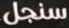
سنجل